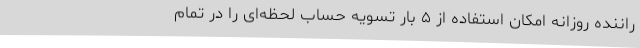
راننده روزانه امکان استفاده از ۵ بار تسویه حساب لحظه‌ای را در تمام